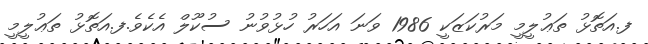
ފ.އަތޮޅު ތަޢުލީމީ މަރުކަޒަކީ 1986 ވަނަ އަހަރު ހުޅުވުނު ސުކޫލް އެކެވެ.ފ.އަތޮޅު ތަޢުލީމީ